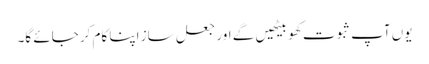
یوں آپ ثبوت کھو بیٹھیں گے اور جعل ساز اپنا کام کر جائے گا۔